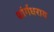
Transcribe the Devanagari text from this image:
शांर्गधराय